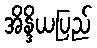
အိန္ဒိယပြည်